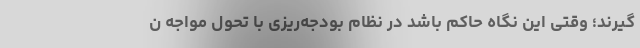
گیرند؛ وقتی این نگاه حاکم باشد در نظام بودجه‌ریزی با تحول مواجه ن